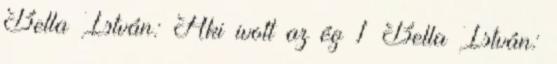
Bella István: Aki ivott az ég 1 Bella István: